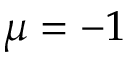
\mu = - 1